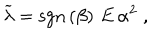
LaTeX: \widetilde { \lambda } = \mathrm { s g n } \left( \beta \right) \, E \, \alpha ^ { 2 } \; ,